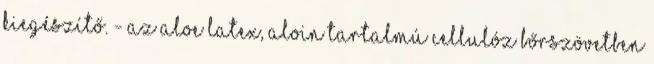
kiegészítő. - Az Aloe latex, aloin tartalmú cellulóz bőrszövetben